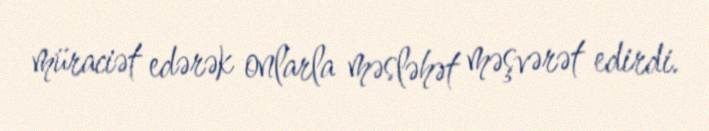
müraciət edərək onlarla məsləhət məşvərət edirdi.